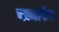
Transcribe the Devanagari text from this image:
यामार्फत